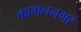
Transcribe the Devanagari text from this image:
कागलनगर